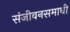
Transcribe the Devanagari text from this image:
संजीवनसमाधी